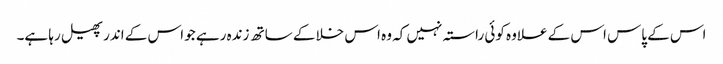
اس کے پاس اس کے علاوہ کوئی راستہ نہیں کہ وہ اس خلا کے ساتھ زندہ رہے جو اس کے اندر پھیل رہا ہے۔